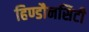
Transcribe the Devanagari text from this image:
हिण्डौनसिटी